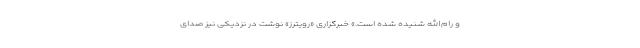
و رام‌الله شنیده شده است.» خبرگزاری «رویترز» نوشت در نزدیکی نیز صدای